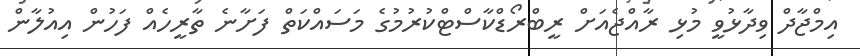
އިމްޖާދް ވިދާޅުވީ މުޅި ރާއްޖެއަށް ރީބްރޯޑްކާސްޓްކުރުމުގެ މަސައްކަތް ފަށާނެ ތާރީހެއް ފަހުން އިއުލާން